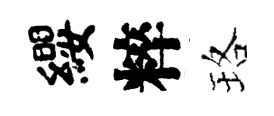
纓粹珞